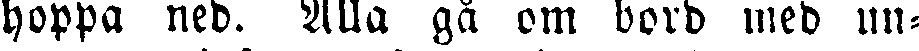
hoppa ned. Alla gä om bord med un-